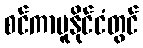
စင်ကာပူနိုင်ငံတွင်